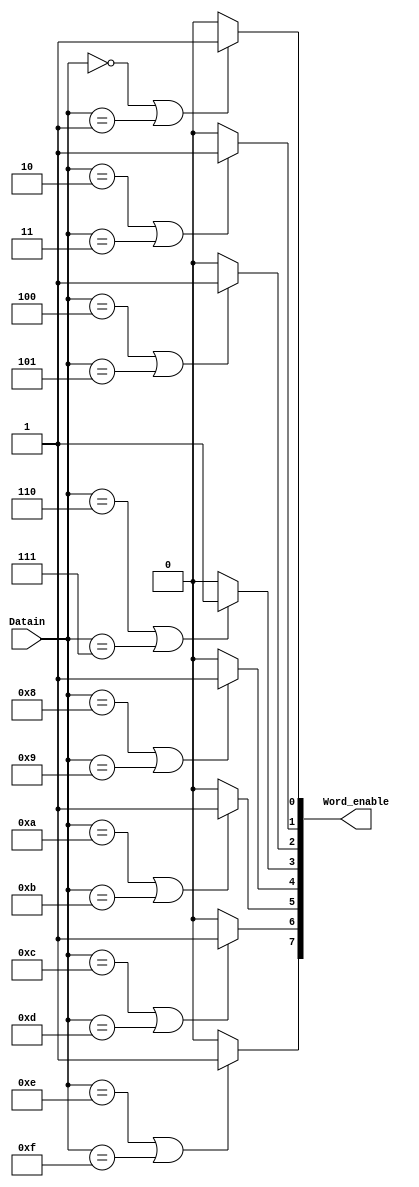

module decoder_4_8(Datain, Word_enable);

input[3:0] Datain; 
output[7:0] Word_enable;

assign Word_enable[7] = ((Datain == 4'hE) | (Datain == 4'hF)) ? 1'b1 : 1'b0; 
assign Word_enable[6] = ((Datain == 4'hC) | (Datain == 4'hD)) ? 1'b1 : 1'b0; 
assign Word_enable[5] = ((Datain == 4'hA) | (Datain == 4'hB)) ? 1'b1 : 1'b0; 
assign Word_enable[4] = ((Datain == 4'h8) | (Datain == 4'h9)) ? 1'b1 : 1'b0; 
assign Word_enable[3] = ((Datain == 4'h6) | (Datain == 4'h7)) ? 1'b1 : 1'b0; 
assign Word_enable[2] = ((Datain == 4'h4) | (Datain == 4'h5)) ? 1'b1 : 1'b0; 
assign Word_enable[1] = ((Datain == 4'h2) | (Datain == 4'h3)) ? 1'b1 : 1'b0; 
assign Word_enable[0] = ((Datain == 4'h0) | (Datain == 4'h1)) ? 1'b1 : 1'b0;  

endmodule